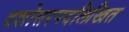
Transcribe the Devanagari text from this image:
दशोत्तरपदलिखित